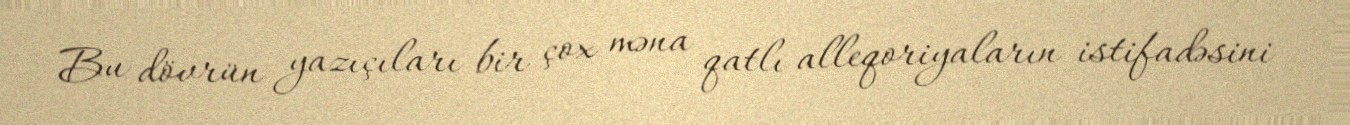
Bu dövrün yazıçıları bir çox məna qatlı alleqoriyaların istifadəsini